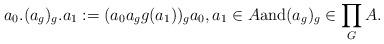
LaTeX: \begin{align*} a_0. (a_g)_{g}. a_1:=(a_0a_g g(a_1))_{g} a_0,a_1 \in A \mathrm{and} (a_g)_g \in \prod_G A. \end{align*}